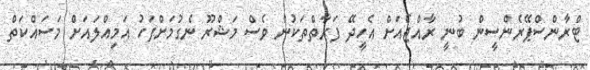
ޓްރާންސްޕޭރެންސީން ބުނީ ރާއްޖެއަށް އެހީދޭ ފަރާތްތަކުން ވެސް މަޝްރޫ ނެގުމަށްފަހު އަމިއްލައަށް މަސައްކަތް